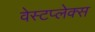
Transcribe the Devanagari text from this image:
वेस्टप्लेक्स